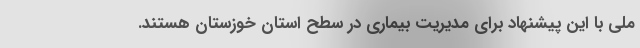
ملی با این پیشنهاد برای مدیریت بیماری در سطح استان خوزستان هستند.